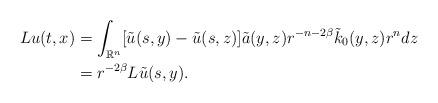
LaTeX: \begin{align*}Lu(t,x) & = \int_{\mathbb{R}^{n}}[\tilde{u}(s,y)-\tilde{u}(s,z)]\tilde{a}(y,z)r^{-n-2\beta}\tilde{k}_{0}(y,z)r^{n}dz \\& = r^{-2\beta} L\tilde{u}(s,y).\end{align*}